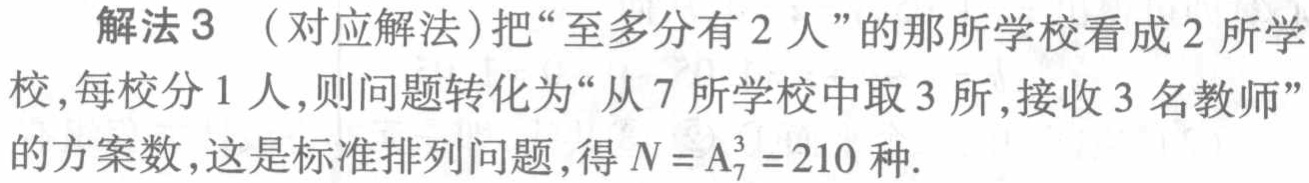
解法3 （对应解法）把“至多分有2人”的那所学校看成2所学校,每校分1人,则问题转化为“从7所学校中取3所,接收3名教师”的方案数,这是标准排列问题,得 \(N = \mathrm{A}_{7}^{3}=210\) 种.